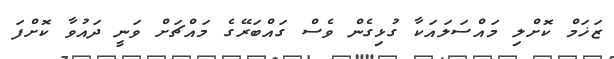
ޒަޚަމް ކޮށްލި މައްސަލައަކާ ގުޅިގެން ވެސް ގައްބަރޭގެ މައްޗަށް ވަނީ ދައުވާ ކޮށްފަ